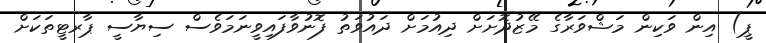
ޕީ) އިން ވަކިން މަޝްވަރާގެ މޭޒުދޮށަށް ދިއުމަށް ދައުވަތު ފޮނުވާފައިވީނަމަވެސް ސިޔާސީ ޕާރޓީތަކަށް